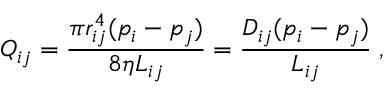
Q _ { i j } = \frac { \pi r _ { i j } ^ { 4 } ( p _ { i } - p _ { j } ) } { 8 \eta L _ { i j } } = \frac { D _ { i j } ( p _ { i } - p _ { j } ) } { L _ { i j } } \; ,